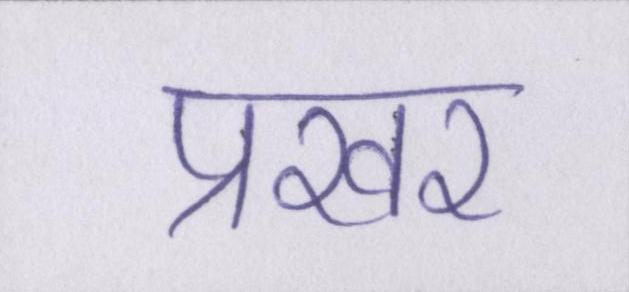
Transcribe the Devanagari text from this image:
प्रखर